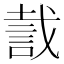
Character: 𧧬